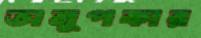
অনুপকার